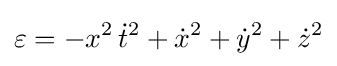
\varepsilon =-x^{2}\,{\dot {t}}^{2}+{\dot {x}}^{2}+{\dot {y}}^{2}+{\dot {z}}^{2}